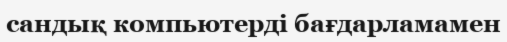
сандық компьютерді бағдарламамен